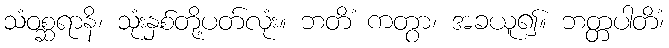
သံဝစ္ဆရာနိ၊ သုံးနှစ်တို့ပတ်လုံး။ ဘတိံ ကတွာ၊ အခယူ၍။ ဘတ္တပါတိံ၊